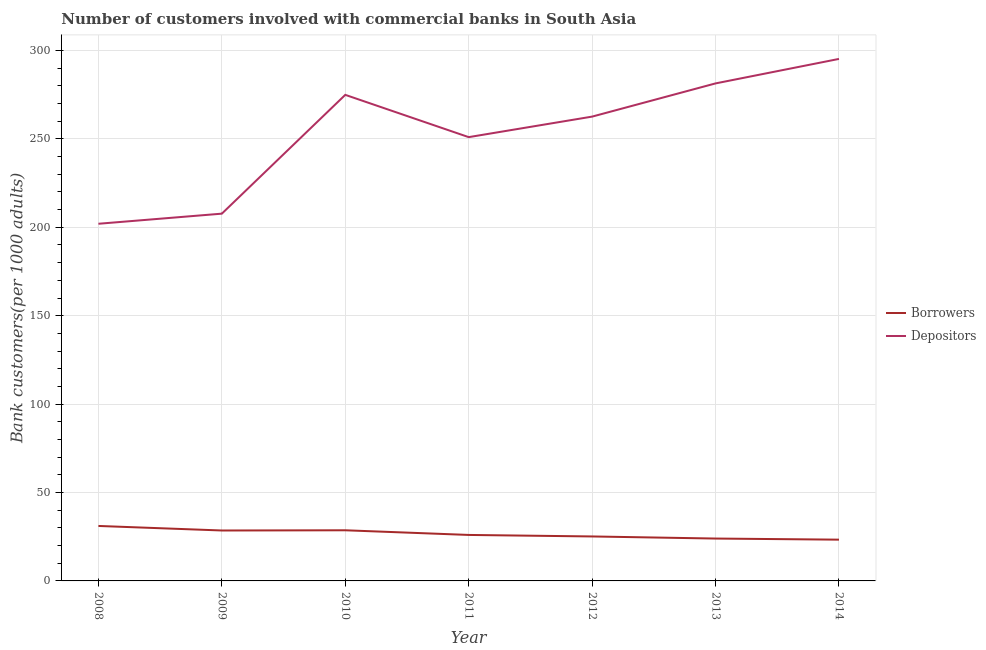
| Year | Borrowers | Depositors |
 | --- | --- | --- |
 | 2008 | 31.1 | 202 |
 | 2009 | 28.5 | 208 |
 | 2010 | 28.6 | 275 |
 | 2011 | 26 | 251 |
 | 2012 | 25.1 | 263 |
 | 2013 | 24 | 281 |
 | 2014 | 23.3 | 295 |